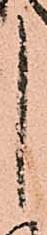
し